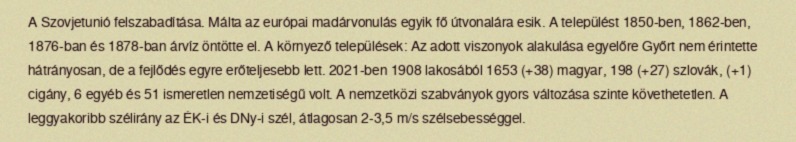
A Szovjetunió felszabadítása. Málta az európai madárvonulás egyik fő útvonalára esik. A települést 1850-ben, 1862-ben, 1876-ban és 1878-ban árvíz öntötte el. A környező települések: Az adott viszonyok alakulása egyelőre Győrt nem érintette hátrányosan, de a fejlődés egyre erőteljesebb lett. 2021-ben 1908 lakosából 1653 (+38) magyar, 198 (+27) szlovák, (+1) cigány, 6 egyéb és 51 ismeretlen nemzetiségű volt. A nemzetközi szabványok gyors változása szinte követhetetlen. A leggyakoribb szélirány az ÉK-i és DNy-i szél, átlagosan 2-3,5 m/s szélsebességgel.